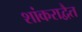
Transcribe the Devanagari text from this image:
शांकराद्वैत